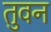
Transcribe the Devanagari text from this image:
तुवन